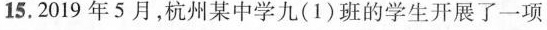
15.2019年5月，杭州某中学九(1)班的学生开展了一项